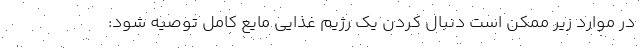
در موارد زیر ممکن است دنبال کردن یک رژیم غذایی مایع کامل توصیه شود: